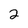
Character: 2